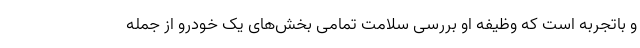
و باتجربه است که وظیفه او بررسی سلامت تمامی بخش‌های یک خودرو از جمله